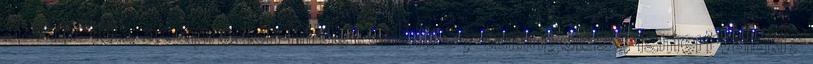
Sziasztok, az apródon hirdet valaki S7 tuningolást, ismeri valaki?